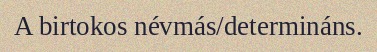
A birtokos névmás/determináns.